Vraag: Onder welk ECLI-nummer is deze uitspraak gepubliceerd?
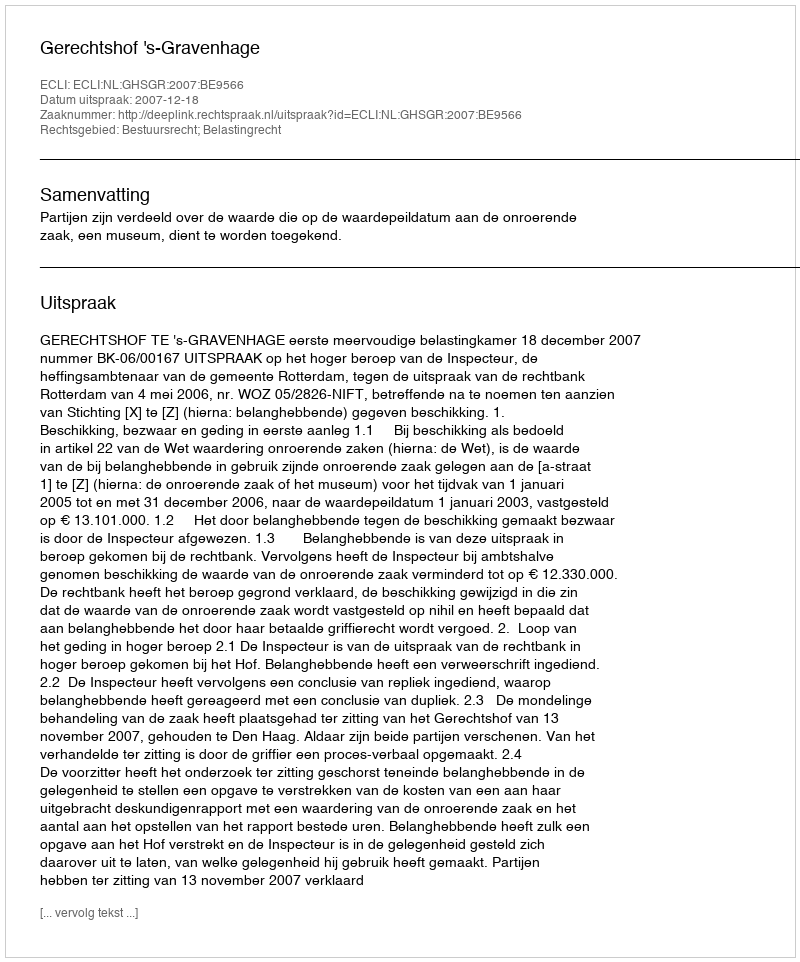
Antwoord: ECLI:NL:GHSGR:2007:BE9566